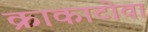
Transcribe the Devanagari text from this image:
क्राकाटोवा